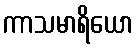
ကာသမာရိယော